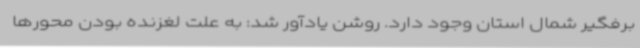
برفگیر شمال استان وجود دارد. روشن یادآور شد: به علت لغزنده بودن محورها